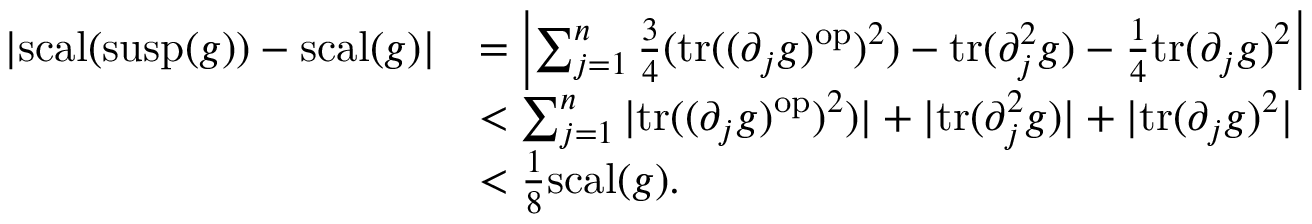
\begin{array} { r l } { | \mathord { \mathrm { s c a l } } ( \mathrm { s u s p } ( g ) ) - \mathord { \mathrm { s c a l } } ( g ) | } & { = \left| \sum _ { j = 1 } ^ { n } \frac { 3 } { 4 } ( \mathrm { t r } ( ( \partial _ { j } g ) ^ { \mathrm { o p } } ) ^ { 2 } ) - \mathrm { t r } ( \partial _ { j } ^ { 2 } g ) - \frac { 1 } { 4 } \mathrm { t r } ( \partial _ { j } g ) ^ { 2 } \right| } \\ & { < \sum _ { j = 1 } ^ { n } | \mathrm { t r } ( ( \partial _ { j } g ) ^ { \mathrm { o p } } ) ^ { 2 } ) | + | \mathrm { t r } ( \partial _ { j } ^ { 2 } g ) | + | \mathrm { t r } ( \partial _ { j } g ) ^ { 2 } | } \\ & { < \frac { 1 } { 8 } \mathord { \mathrm { s c a l } } ( g ) . } \end{array}